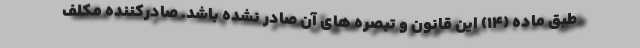
طبق ماده (۱۴) این قانون و تبصره های آن صادر نشده باشد. صادرکننده مکلف